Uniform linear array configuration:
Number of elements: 12
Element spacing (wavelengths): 1
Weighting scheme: hann
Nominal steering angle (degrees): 15
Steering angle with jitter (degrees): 15.444
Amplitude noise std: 0.05
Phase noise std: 0.05

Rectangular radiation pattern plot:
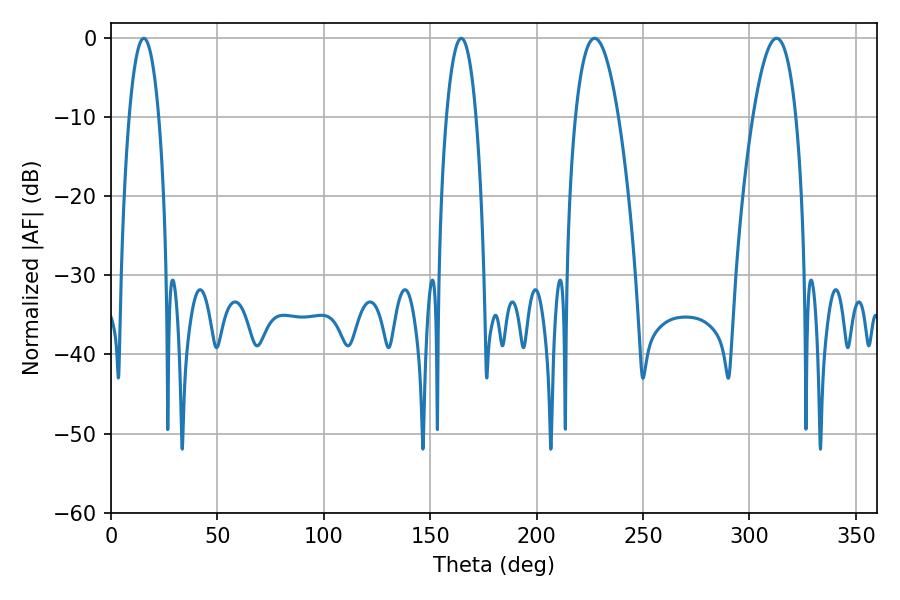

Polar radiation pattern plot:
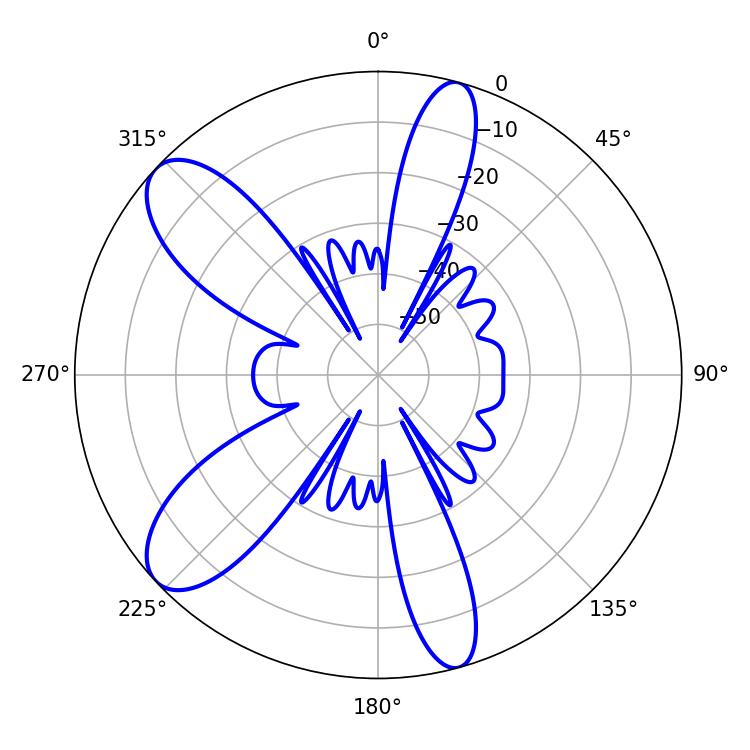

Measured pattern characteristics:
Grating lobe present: TRUE
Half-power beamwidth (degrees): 11.16
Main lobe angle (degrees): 227.16